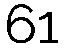
61